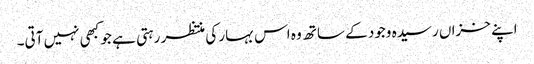
اپنے خزاں رسیدہ وجود کے ساتھ وہ اس بہار کی منتظر رہتی ہے جو کبھی نہیں آتی۔